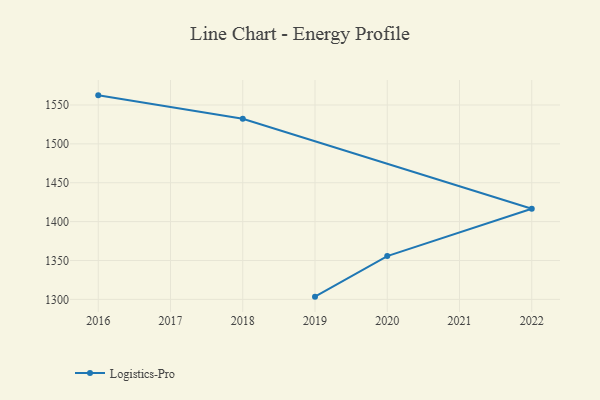
{"axis": {"x": "Year", "y": "Demand Index"}, "legend": ["Logistics-Pro"], "data": [{"x": "2019", "y": 1303.5, "type": "Logistics-Pro"}, {"x": "2020", "y": 1355.7, "type": "Logistics-Pro"}, {"x": "2022", "y": 1416.6, "type": "Logistics-Pro"}, {"x": "2018", "y": 1532.3, "type": "Logistics-Pro"}, {"x": "2016", "y": 1562.4, "type": "Logistics-Pro"}]}